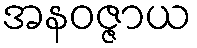
အနဝဇ္ဇာယ